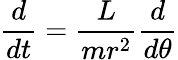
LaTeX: {\frac{d}{dt}}={\frac{L}{mr^{2}}}{\frac{d}{d\theta}}